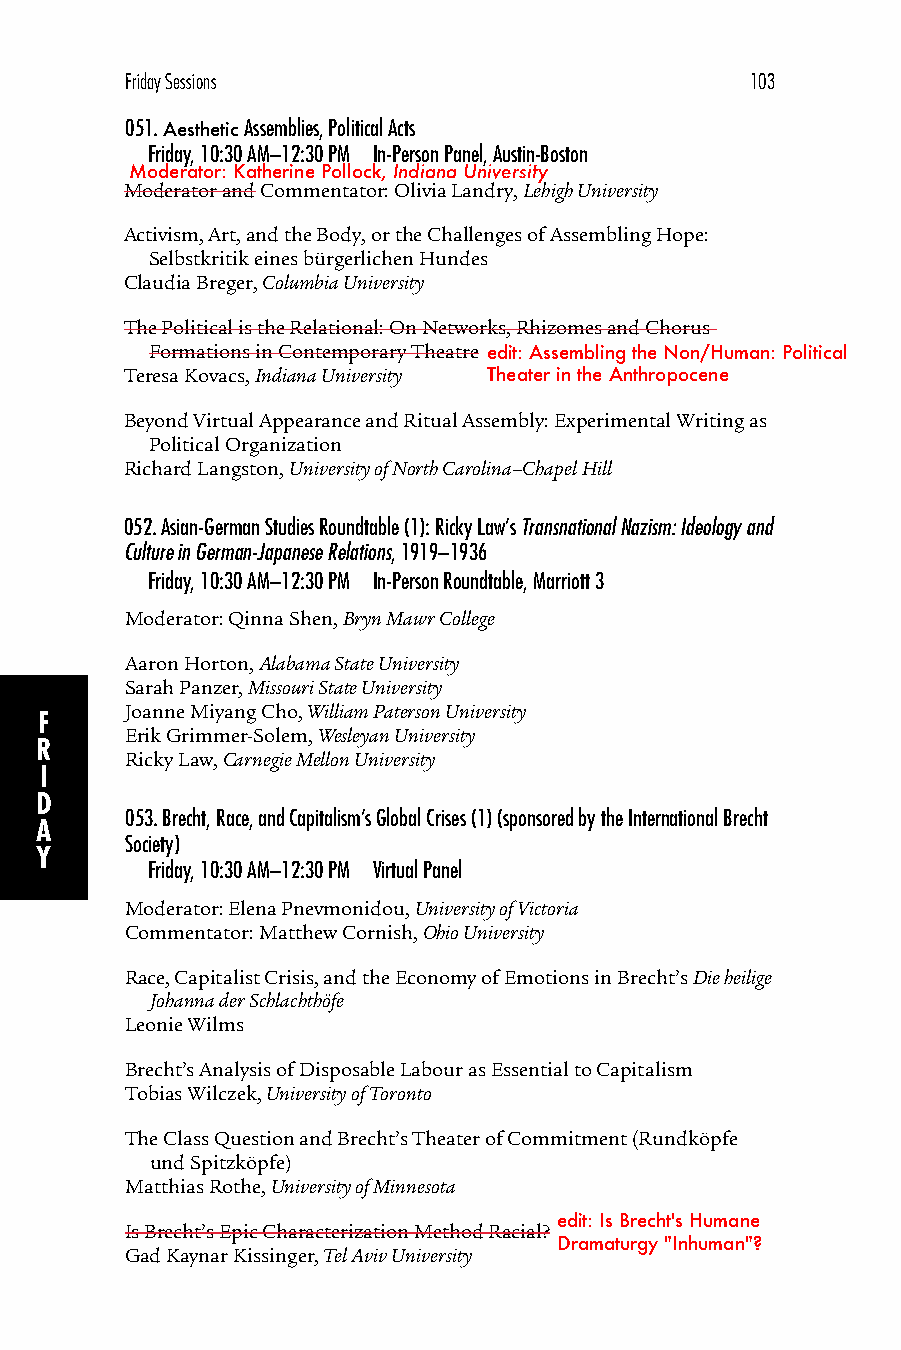
Friday Sessions                           103
 051.Aesthetic Assemblies, Political Acts
 Friday, 10:30 AM–12:30 PM In-Person Panel, Austin-Boston
 Moderator: Katherine Pollock, Indiana University
 Moderator and Commentator: Olivia Landry, Lehigh University
 Activism, Art, and the Body, or the Challenges of Assembling Hope:
 Selbstkritik eines bürgerlichen Hundes
 Claudia Breger, Columbia University
 The Political is the Relational: On Networks, Rhizomes and Chorus-
 Formations in Contemporary Theatre edit: Assembling the Non/Human: Political
 Teresa Kovacs, Indiana University Theater in the Anthropocene
 Beyond Virtual Appearance and Ritual Assembly: Experimental Writing as
 Political Organization
 Richard Langston, University of North Carolina–Chapel Hill
 052.Asian-German Studies Roundtable (1): Ricky Law’s Transnational Nazism: Ideology and
 Culture in German-Japanese Relations, 1919–1936
 Friday, 10:30 AM–12:30 PM In-Person Roundtable, Marriott 3
 Moderator: Qinna Shen, Bryn Mawr College
 Aaron Horton, Alabama State University
 Sarah Panzer, Missouri State University
 Joanne Miyang Cho, William Paterson University
 F
 Erik Grimmer-Solem, Wesleyan University
 R
 Ricky Law, Carnegie Mellon University
 I
 D
 053.Brecht, Race, and Capitalism’s Global Crises (1) (sponsored by the International Brecht
 A
 Society)
 Y
 Friday, 10:30 AM–12:30 PM Virtual Panel
 Moderator: Elena Pnevmonidou, University of Victoria
 Commentator: Matthew Cornish, Ohio University
 Race, Capitalist Crisis, and the Economy of Emotions in Brecht’s Die heilige
 Johanna der Schlachthöfe
 Leonie Wilms
 Brecht’s Analysis of Disposable Labour as Essential to Capitalism
 Tobias Wilczek, University of Toronto
 The Class Question and Brecht’s Theater of Commitment (Rundköpfe
 und Spitzköpfe)
 Matthias Rothe, University of Minnesota
 edit: Is Brecht's Humane
 Is Brecht’s Epic Characterization Method Racial?
 Dramaturgy "Inhuman"?
 Gad Kaynar Kissinger, Tel Aviv University